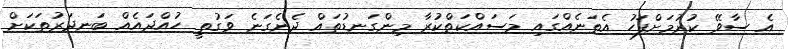
އެ ސާވޭ ކުރުމަށްފަހު އެތަނެއްގައި މަސައްކަތްކުރާ މިންގަނޑުތައް ދެނެގަނެ ވަގުތީ ހުއްދައެއް ބަނދަރުތަކަށް